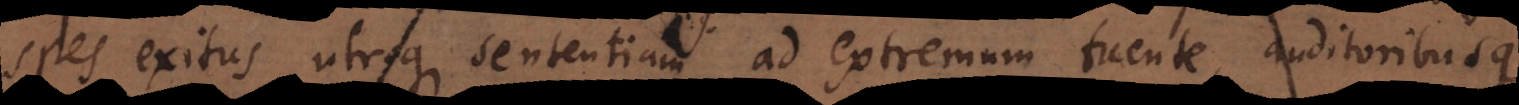
spes exitus utroque sententiam ad extremum tuente, auditoribusque